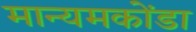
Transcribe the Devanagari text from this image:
मान्यमकोंडा